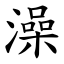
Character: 澡